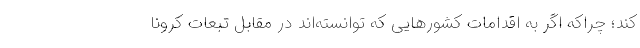
کند؛ چراکه اگر به اقدامات کشورهایی که توانسته‌اند در مقابل تبعات کرونا